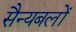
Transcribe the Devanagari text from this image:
सैन्यबलों